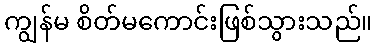
ကျွန်မ စိတ်မကောင်းဖြစ်သွားသည်။